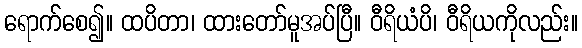
ရောက်စေ၍။ ထပိတာ၊ ထားတော်မူအပ်ပြီ။ ဝီရိယံပိ၊ ဝီရိယကိုလည်း။